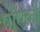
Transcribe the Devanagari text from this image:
पीएली